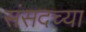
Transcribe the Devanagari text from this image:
संसदच्या